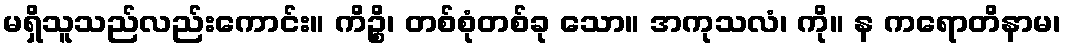
မရှိသူသည်လည်းကောင်း။ ကိဉ္စိ၊ တစ်စုံတစ်ခု သော။ အကုသလံ၊ ကို။ န ကရောတိနာမ၊